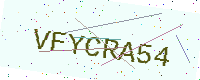
Text: VFYCRA54